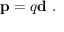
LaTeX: \mathbf { p } = q \mathbf { d } \ .